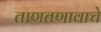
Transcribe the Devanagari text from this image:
ताणतणावाचे